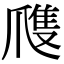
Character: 㸕